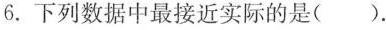
6.下列数据中最接近实际的是（）.